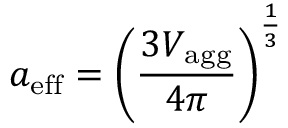
a _ { \mathrm { e f f } } = \left( \frac { 3 V _ { \mathrm { a g g } } } { 4 \pi } \right) ^ { \frac { 1 } { 3 } }